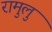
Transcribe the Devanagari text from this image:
रामुलु